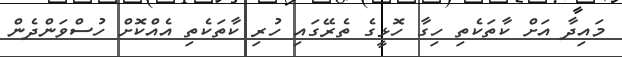
މައިދާ އަށް ކާތަކެތި ހިގާ ހޮޅީގެ ތެރޭގައި ހުރި ކާތަކެތި އެއްކޮށް ހުސްވަންދެން